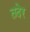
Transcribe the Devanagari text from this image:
तदेर